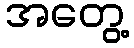
အတွေ့